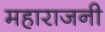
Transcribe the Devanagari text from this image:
महाराजनी